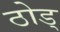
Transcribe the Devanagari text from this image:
ठोड्